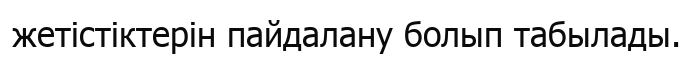
жетістіктерін пайдалану болып табылады.